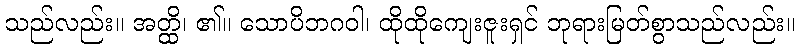
သည်လည်း။ အတ္ထိ၊ ၏။ သောပိဘဂဝါ၊ ထိုထိုကျေးဇူးရှင် ဘုရားမြတ်စွာသည်လည်း။